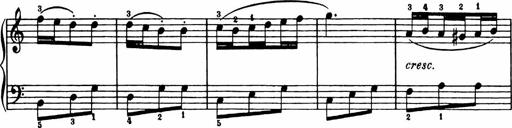
Title: Analytical Sonatinas
Composer: Frank Lynes